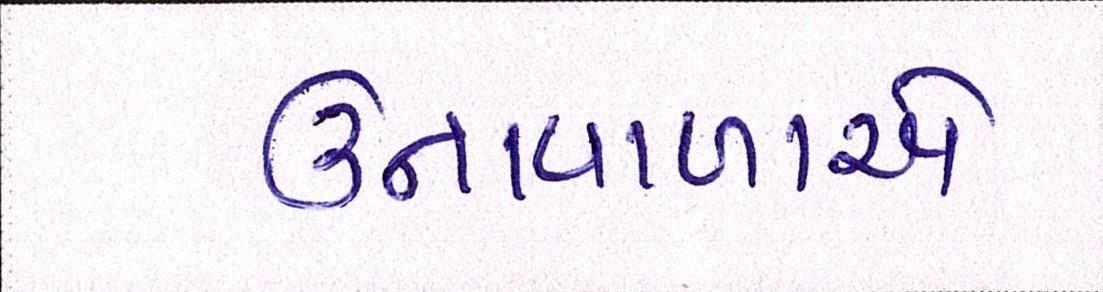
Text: ઉનાવાળાને